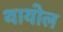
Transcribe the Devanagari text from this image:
थायोल